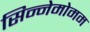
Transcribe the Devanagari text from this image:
सिन्नेमोमम